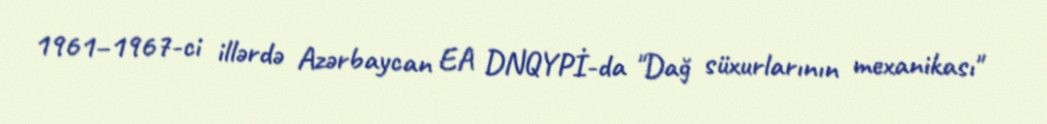
1961–1967-ci illərdə Azərbaycan EA DNQYPİ-da "Dağ süxurlarının mexanikası"